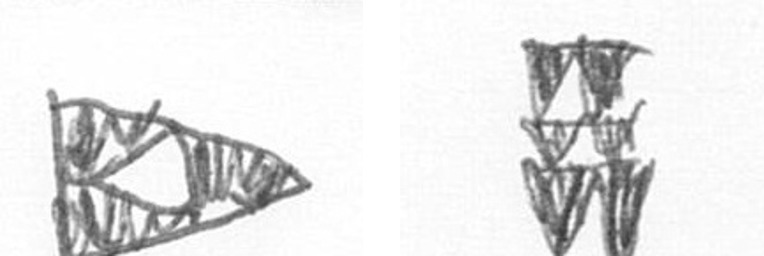
K Y